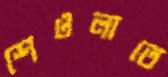
শেওলাতে